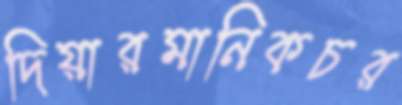
দিয়ারমানিকচর